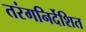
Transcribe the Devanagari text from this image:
तरंगनिर्देशित